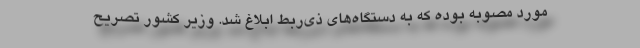
مورد مصوبه بوده که به دستگاه‌های ذی‌‌ربط ابلاغ شد. وزیر کشور تصریح